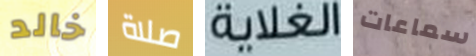
خالد صلاة الغلاية سماعات